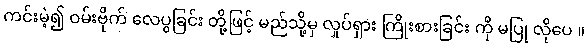
ကင်းမဲ့၍ ဝမ်းဗိုက် လေပွခြင်း တို့ဖြင့် မည်သို့မှ လှုပ်ရှား ကြိုးစားခြင်း ကို မပြု လိုပေ ။